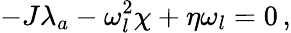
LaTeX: -J\lambda_{a}-\omega_{l}^{2}\chi+\eta\omega_{l}=0\, ,